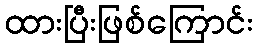
ထားပြီးဖြစ်ကြောင်း